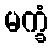
မက္ခံ